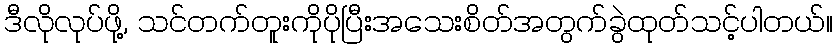
ဒီလိုလုပ်ဖို့, သင်တက်တူးကိုပိုပြီးအသေးစိတ်အတွက်ခွဲထုတ်သင့်ပါတယ်။